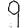
Digit: 9